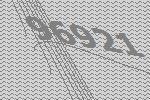
96921